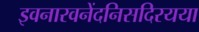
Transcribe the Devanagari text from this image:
इवनारवनेंदनिसदिरयया